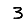
Digit: 3